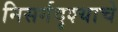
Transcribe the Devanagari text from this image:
निसर्गदृश्याचे